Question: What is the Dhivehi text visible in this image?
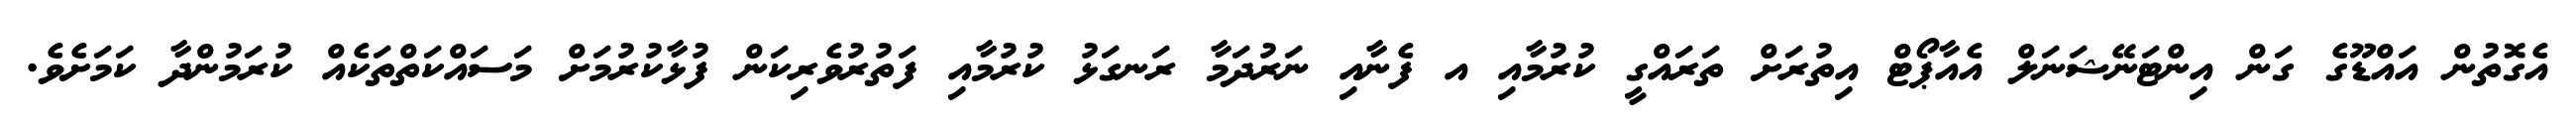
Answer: އެގޮތުން އައްޑޫގެ ގަން އިންޓަނޭޝަނަލް އެއާޕޯޓް އިތުރަށް ތަރައްގީ ކުރުމާއި އ ފެނާއި ނަރުދަމާ ރަނގަޅު ކުރުމާއި ފަތުރުވެރިކަން ފުޅާކުރުމަށް މަސައްކަތްތަކެއް ކުރަމުންދާ ކަމަށެވެ.